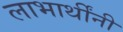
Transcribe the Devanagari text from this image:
लाभार्थींनी